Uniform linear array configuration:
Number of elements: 32
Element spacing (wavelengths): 0.75
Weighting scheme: kaiser
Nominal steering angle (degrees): -45
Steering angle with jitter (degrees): -45.936
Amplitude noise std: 0.05
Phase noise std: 0.05

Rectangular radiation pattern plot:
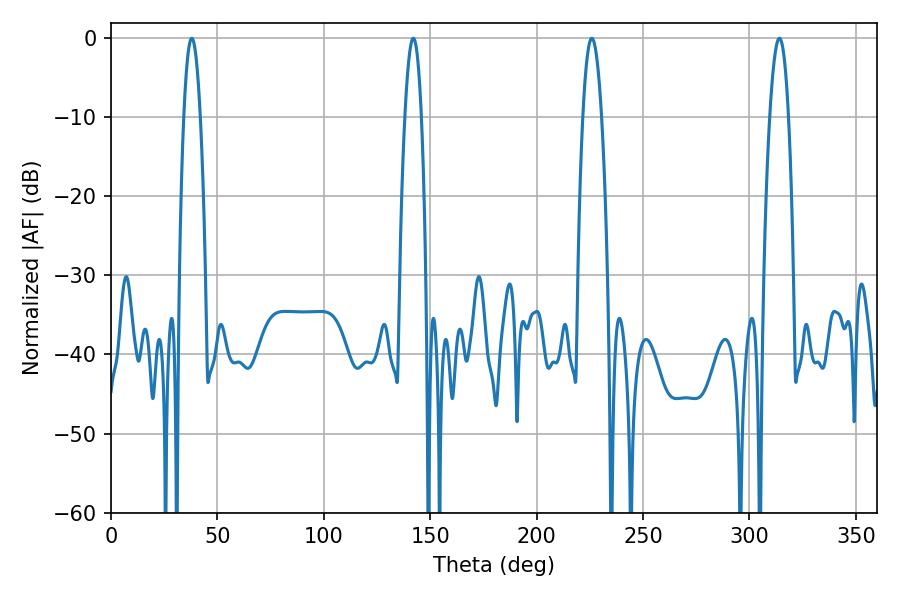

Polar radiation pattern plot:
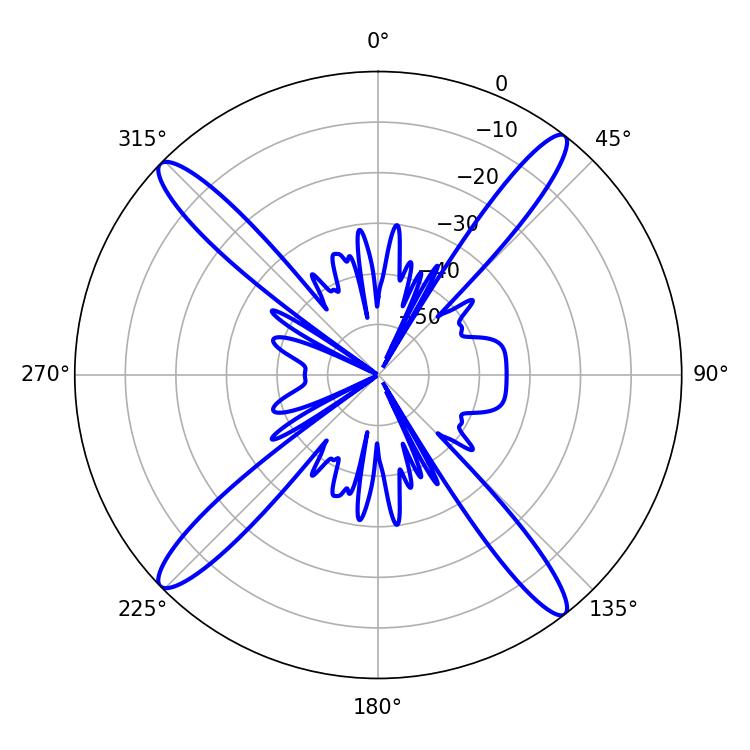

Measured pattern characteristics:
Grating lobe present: TRUE
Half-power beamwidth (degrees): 4.86
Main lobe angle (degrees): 225.9